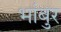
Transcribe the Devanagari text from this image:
भांबुर